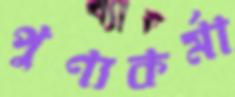
পুণ্যকর্মা